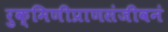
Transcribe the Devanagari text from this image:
रुक्मिणीप्राणसंजीवनं